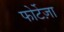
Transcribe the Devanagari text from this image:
फोर्टेज़ा